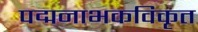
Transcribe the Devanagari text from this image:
पद्मनाभकविकृत